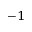
^ { - 1 }